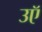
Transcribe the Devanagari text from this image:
उऍ